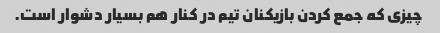
چیزی که جمع کردن بازیکنان تیم در کنار هم بسیار دشوار است.